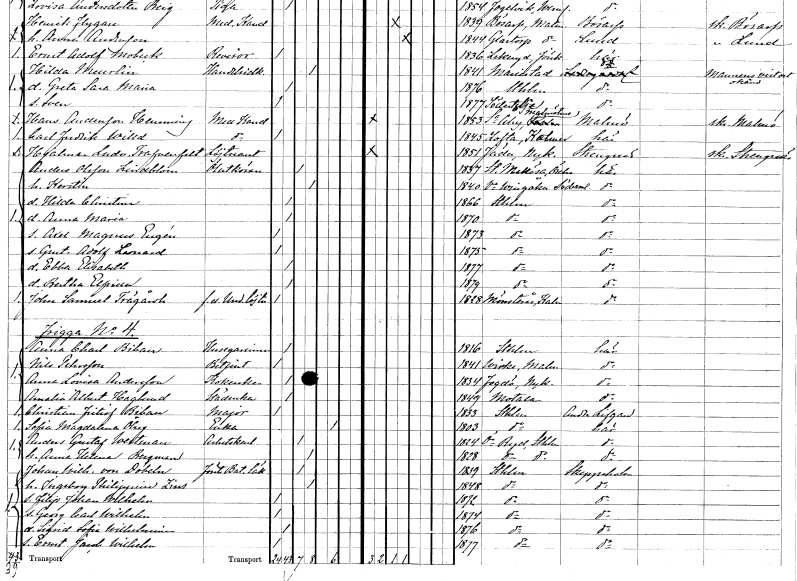
gt_parse: households: individuals: FN: Anders
EN: Olsson Lindblom
YRKE: Ölutkörare
KON: M
CIV: G
FODAR: 1837
FODFORS: Stora Mellösa Örebro län
FN: Kerstin
KON: K
CIV: G
FODAR: 1840
FODFORS: Västra Vingåker Södermanlands län
FN: Hilda Christina
KON: K
CIV: O
FODAR: 1866
FODFORS: Stockholm
FN: Anna Maria
KON: K
CIV: O
FODAR: 1870
FODFORS: Stockholm
FN: Axel Magnus Eugén
KON: M
CIV: O
FODAR: 1873
FODFORS: Stockholm
FN: Gustaf Adolf Leonard
KON: M
CIV: O
FODAR: 1875
FODFORS: Stockholm
FN: Ebba Elisabeth
KON: K
CIV: O
FODAR: 1877
FODFORS: Stockholm
FN: Bertha Elfrida
KON: K
CIV: O
FODAR: 1879
FODFORS: Stockholm
FN: John Samuel
EN: Trägårdh
YRKE: Underlöjtnant f.d.
KON: M
CIV: O
FODAR: 1828
FODFORS: Mönsterås Kalmar län
FN: Anna Charlotta
EN: Bibau
YRKE: Husägarinna
KON: K
CIV: O
FODAR: 1816
FODFORS: Stockholm
FN: Nils
EN: Pehrsson
YRKE: Betjänt
KON: M
CIV: O
FODAR: 1841
FODFORS: Virke Malmöhus län
FN: Anna Lovisa
EN: Andersson
YRKE: Kokerska
KON: K
CIV: O
FODAR: 1834
FODFORS: Fogdö Södermanlands län
FN: Amalia Albertina
EN: Haglund
YRKE: Städerska
KON: K
CIV: O
FODAR: 1849
FODFORS: Motala Östergötlands län
FN: Christian Fritiof
EN: Bibau
YRKE: Major
KON: M
CIV: O
FODAR: 1833
FODFORS: Stockholm
FN: Sofia Magdalena
EN: Öberg
YRKE: Änka
KON: K
CIV: E
FODAR: 1803
FODFORS: Stockholm
FN: Anders Gustaf
EN: Westman
YRKE: Arbetskarl
KON: M
CIV: G
FODAR: 1824
FODFORS: Östra Ryd Stockholms län
FN: Anna Helena
EN: Bergman
KON: K
CIV: G
FODAR: 1828
FODFORS: Östra Ryd Stockholms län
FN: Johan Wilhelm
EN: von Döbeln
YRKE: Bataljonsläkare förste
KON: M
CIV: G
FODAR: 1839
FODFORS: Stockholm
FN: Ingeborg Philippina
EN: Zins
KON: K
CIV: G
FODAR: 1848
FODFORS: Stockholm
FN: Filip Johan Wilhelm
KON: M
CIV: O
FODAR: 1872
FODFORS: Stockholm
FN: Georg Carl Wilhelm
KON: M
CIV: O
FODAR: 1874
FODFORS: Stockholm
FN: Sigrid Sofia Wilhelmina
KON: K
CIV: O
FODAR: 1876
FODFORS: Stockholm
FN: Ernst Jakob Wilhelm
KON: M
CIV: O
FODAR: 1877
FODFORS: Stockholm